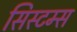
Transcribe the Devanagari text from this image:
सिस्टम्स